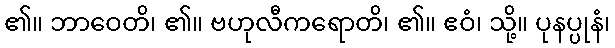
၏။ ဘာဝေတိ၊ ၏။ ဗဟုလီကရောတိ၊ ၏။ ဧဝံ၊ သို့။ ပုနပ္ပုနံ၊